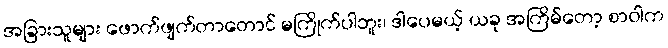
အခြားသူများ ဖောက်ဖျက်တာတောင် မကြိုက်ပါဘူး၊ ဒါပေမယ့် ယခု အကြိမ်တော့ စာဝါက